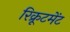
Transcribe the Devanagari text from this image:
रिक्रूटमेंट